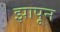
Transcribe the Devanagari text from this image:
झापून